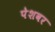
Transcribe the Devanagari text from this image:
पेशवर